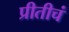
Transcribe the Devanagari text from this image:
प्रीतीचं